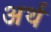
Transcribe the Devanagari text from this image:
अर्थ